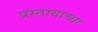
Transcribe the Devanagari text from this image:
प्रस्तावाच्या